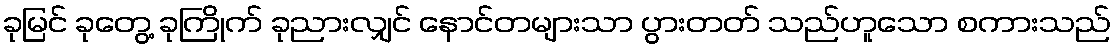
ခုမြင် ခုတွေ့ ခုကြိုက် ခုညားလျှင် နောင်တများသာ ပွားတတ် သည်ဟူသော စကားသည်